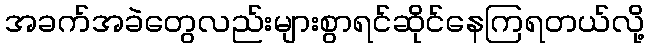
အခက်အခဲတွေလည်းများစွာရင်ဆိုင်နေကြရတယ်လို့